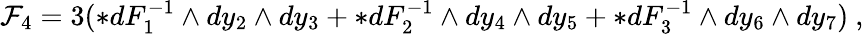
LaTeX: {\cal F}_{4}=3(*dF_{1}^{-1}\wedge dy_{2}\wedge dy_{3}+*dF_{2}^{-1}\wedge dy_{4}\wedge dy_{5}+*dF_{3}^{-1}\wedge dy_{6}\wedge dy_{7})\ ,